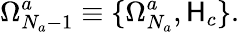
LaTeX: \Omega_{N_{a}-1}^{a}\equiv\{ \Omega_{N_{a}}^{a},\mathsf{H}_{c}\} .